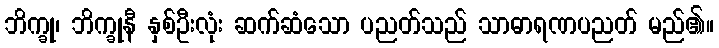
ဘိက္ခု၊ ဘိက္ခုနီ နှစ်ဦးလုံး ဆက်ဆံသော ပညတ်သည် သာဓာရဏပညတ် မည်၏။